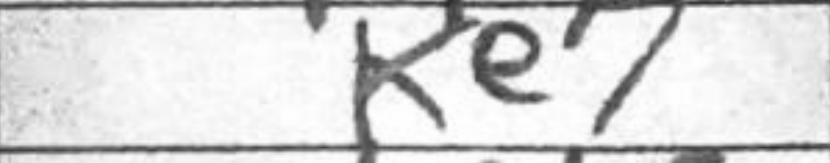
Transcription: Ke7